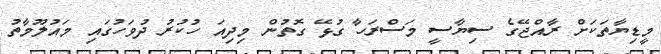
މީޑިޔާތަކަށް ރާއްޖޭގެ ސިޔާސީ މަސްރަހާ ގުޅޭ ގޮތުން މިދިއަ ހުކުރު ދުވަހުގައި މައުލޫމާތު